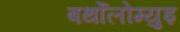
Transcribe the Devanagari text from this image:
बर्थोलोम्युइ